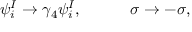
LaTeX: \psi _ { i } ^ { I } \rightarrow \gamma _ { 4 } \psi _ { i } ^ { I } , \qquad \quad \sigma \rightarrow - \sigma ,